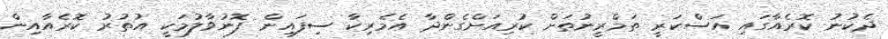
ދެކުނު ކޮރެއާގައި އަސްކަރީ ތަމްރީނުތަށް ކުރިއަށްގެންދާ އެމެރިކާ ސިފައިން ފޮނުވާލުމަކީ އުތުރު ކޮރެއާއިން